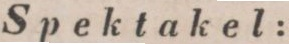
Spektakel: